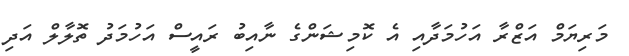
މަރިޔަމް އަޒްރާ އަހުމަދާއި އެ ކޮމިޝަންގެ ނާއިބު ރައީސް އަހުމަދު ތޮލާލް އަދި